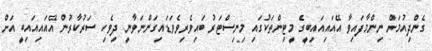
ގެންދިއުމަށް ނިންމާފައިވާ އޭއައިއައިބީގެ މީޓިންތަކުގައި މިނިސްޓަރު ބައިވެރިވެވަޑައިގަންނަވާނީ ދިވެހި ސަރުކާރުން އޭއައިއައިބީ އަށް